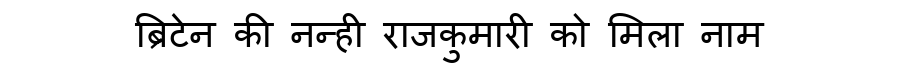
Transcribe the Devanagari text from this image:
ब्रिटेन की नन्ही राजकुमारी को मिला नाम